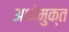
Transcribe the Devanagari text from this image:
अधोमुक्त